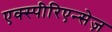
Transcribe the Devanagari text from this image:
एक्स्पीरिएन्सेज़